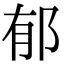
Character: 郁